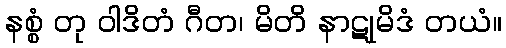
နစ္စံ တု ဝါဒိတံ ဂီတ၊ မိတိ နာဋုမိဒံ တယံ။